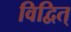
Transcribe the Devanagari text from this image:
विद्वित्